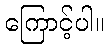
ကြောင့်ပါ။